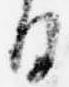
日